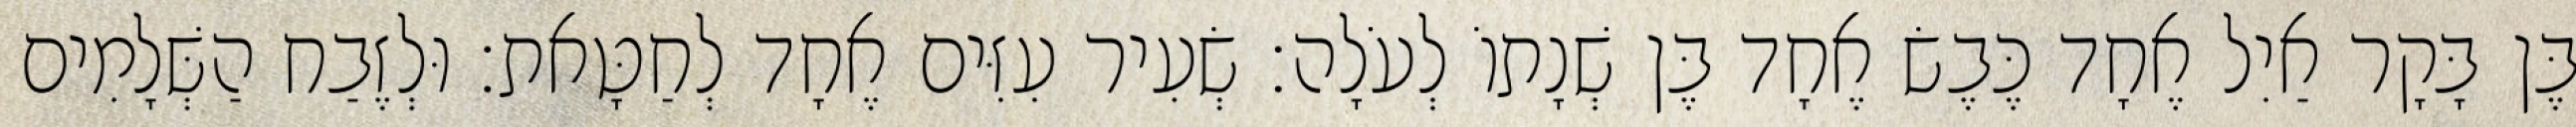
בֶּן בָּקָר אַיִל אֶחָד כֶּבֶשׂ אֶחָד בֶּן שְׁנָתוֹ לְעֹלָה׃ שְׂעִיר עִזִּים אֶחָד לְחַטָּאת׃ וּלְזֶבַח הַשְּׁלָמִים